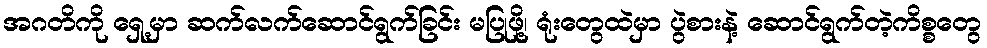
အဂတိကို ရှေ့မှာ ဆက်လက်ဆောင်ရွက်ခြင်း မပြုဖို့၊ ရုံးတွေထဲမှာ ပွဲစားနဲ့ ဆောင်ရွက်တဲ့ကိစ္စတွေ